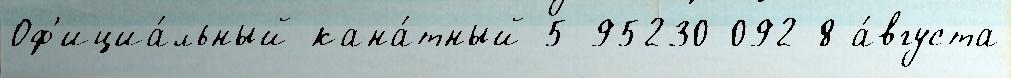
Оф'ициа́льный кана́тный 5-95230-092-8 а́вгуста